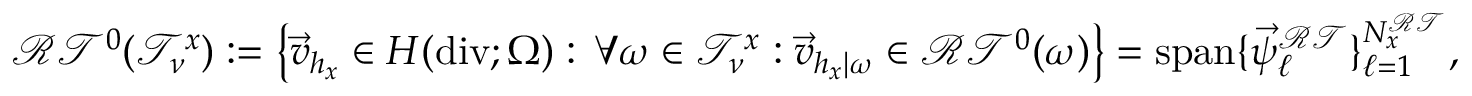
\mathcal { R T } ^ { 0 } ( \mathcal T _ { \nu } ^ { x } ) : = \left\{ \vec { v } _ { h _ { x } } \in H ( \operatorname { d i v } ; \Omega ) : \, \forall \omega \in \mathcal T _ { \nu } ^ { x } : \vec { v } _ { h _ { x } | \omega } \in \mathcal { R T } ^ { 0 } ( \omega ) \right\} = \mathrm { s p a n } \{ \vec { \psi } _ { \ell } ^ { \mathcal { R T } } \} _ { \ell = 1 } ^ { N _ { x } ^ { \mathcal { R T } } } ,